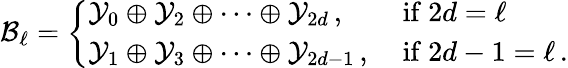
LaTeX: \mathcal{B}_{\ell}=\left\{ \begin{array}{ll}{\mathcal{Y}_{0}\oplus\mathcal{Y}_{2}\oplus\dots\oplus\mathcal{Y}_{2d}\, ,}&{\mathrm{~if~}2d=\ell}\\ {\mathcal{Y}_{1}\oplus\mathcal{Y}_{3}\oplus\dots\oplus\mathcal{Y}_{2d-1}\, ,}&{\mathrm{~if~}2d-1=\ell\, .}\end{array}\right.